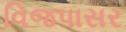
વિજપાસર